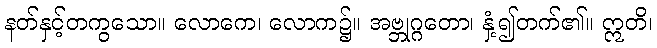
နတ်နှင့်တကွသော။ လောကေ၊ လောက၌။ အဗ္ဘုဂ္ဂတော၊ နှံ့၍တက်၏။ ဣတိ၊